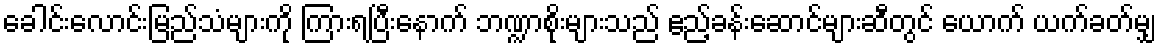
ခေါင်းလောင်းမြည်သံများကို ကြားရပြီးနောက် ဘဏ္ဍာစိုးများသည် ဧည့်ခန်းဆောင်များဆီတွင် ယောက် ယက်ခတ်မျှ